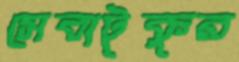
সেবাটুকুর